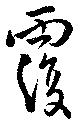
覆